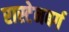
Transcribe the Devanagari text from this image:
रास्टेनबर्ग